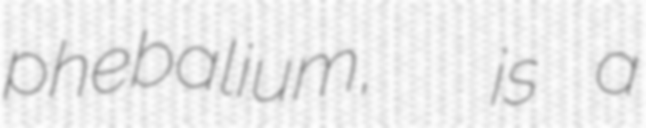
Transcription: phebalium,  is a